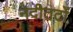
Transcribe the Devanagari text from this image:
नदीतटों